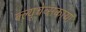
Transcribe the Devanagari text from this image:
क्ल्यूचेव्सकाया